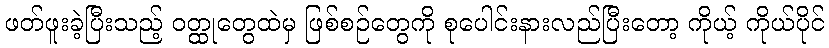
ဖတ်ဖူးခဲ့ပြီးသည့် ဝတ္ထုတွေထဲမှ ဖြစ်စဉ်တွေကို စုပေါင်းနားလည်ပြီးတော့ ကိုယ့် ကိုယ်ပိုင်